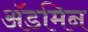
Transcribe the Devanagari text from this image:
ॲडमिन